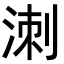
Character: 𭰩